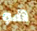
هو